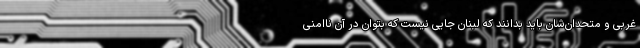
غربی و متحدان‌شان باید بدانند که لبنان جایی نیست که بتوان در آن ناامنی